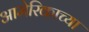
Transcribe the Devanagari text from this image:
आमेरिकाच्या